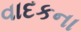
વાદકના